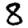
Digit: 8